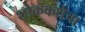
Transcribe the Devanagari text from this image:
शोककथेचा